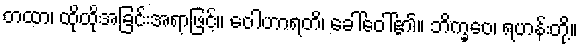
တထာ၊ ထိုထိုအခြင်းအရာဖြင့်။ ဝေါဟာရတိ၊ ခေါ်ဝေါ်၏။ ဘိက္ခဝေ၊ ရဟန်းတို့။